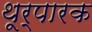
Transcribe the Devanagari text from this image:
थूर्पारक